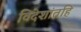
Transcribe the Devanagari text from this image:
विदेशांतहि